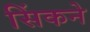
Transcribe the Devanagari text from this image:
सिंकने